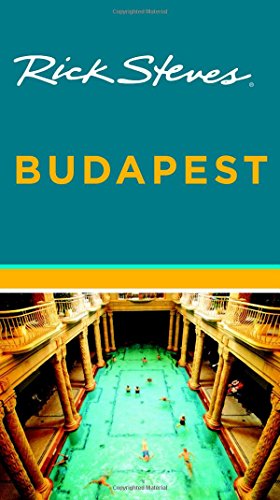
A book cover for Rick Steves Budapest; Rick Steves; Travel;